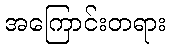
အကြောင်းတရား